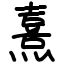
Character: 熹